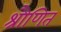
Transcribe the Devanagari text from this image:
श्रौणित